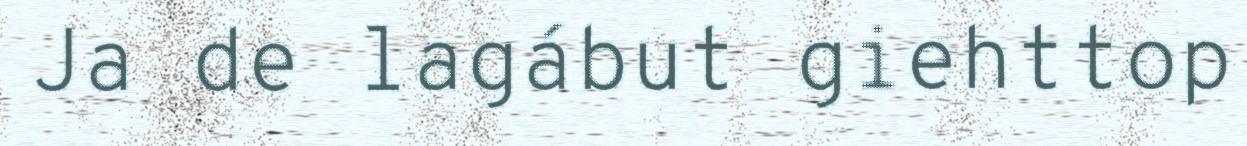
Ja de lagábut giehttop